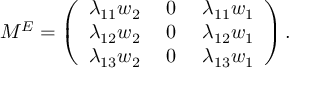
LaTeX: M ^ { E } = \left( \begin{array} { c c c } { { \lambda _ { 1 1 } w _ { 2 } \; } } & { { 0 \; } } & { { \lambda _ { 1 1 } w _ { 1 } } } \\ { { \lambda _ { 1 2 } w _ { 2 } \; } } & { { 0 \; } } & { { \lambda _ { 1 2 } w _ { 1 } } } \\ { { \lambda _ { 1 3 } w _ { 2 } \; } } & { { 0 \; } } & { { \lambda _ { 1 3 } w _ { 1 } } } \end{array} \right) .